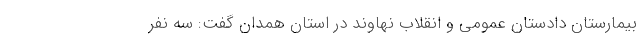
بیمارستان دادستان عمومی و انقلاب نهاوند در استان همدان گفت: سه نفر